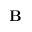
\mathbf { B }